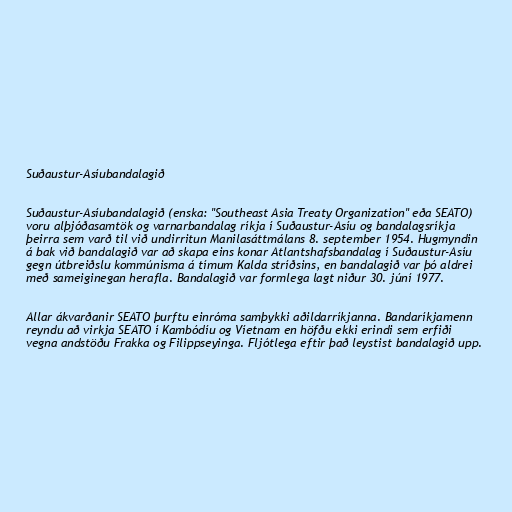
Suðaustur-Asíubandalagið

Suðaustur-Asíubandalagið (enska: "Southeast Asia Treaty Organization" eða SEATO)
voru alþjóðasamtök og varnarbandalag ríkja í Suðaustur-Asíu og bandalagsríkja
þeirra sem varð til við undirritun Manilasáttmálans 8. september 1954. Hugmyndin
á bak við bandalagið var að skapa eins konar Atlantshafsbandalag í Suðaustur-Asíu
gegn útbreiðslu kommúnisma á tímum Kalda stríðsins, en bandalagið var þó aldrei
með sameiginegan herafla. Bandalagið var formlega lagt niður 30. júní 1977.

Allar ákvarðanir SEATO þurftu einróma samþykki aðildarríkjanna. Bandaríkjamenn
reyndu að virkja SEATO í Kambódíu og Víetnam en höfðu ekki erindi sem erfiði
vegna andstöðu Frakka og Filippseyinga. Fljótlega eftir það leystist bandalagið upp.